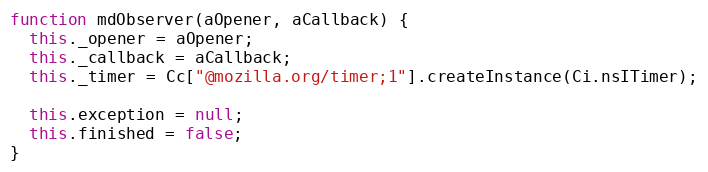
Language: JavaScript
function mdObserver(aOpener, aCallback) {
  this._opener = aOpener;
  this._callback = aCallback;
  this._timer = Cc["@mozilla.org/timer;1"].createInstance(Ci.nsITimer);

  this.exception = null;
  this.finished = false;
}